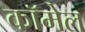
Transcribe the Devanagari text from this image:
कॉमेल